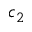
c _ { 2 }